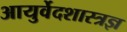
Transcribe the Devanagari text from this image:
आयुर्वेदशास्त्रज्ञ